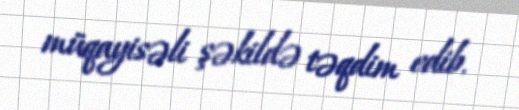
müqayisəli şəkildə təqdim edib.